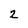
Character: 2